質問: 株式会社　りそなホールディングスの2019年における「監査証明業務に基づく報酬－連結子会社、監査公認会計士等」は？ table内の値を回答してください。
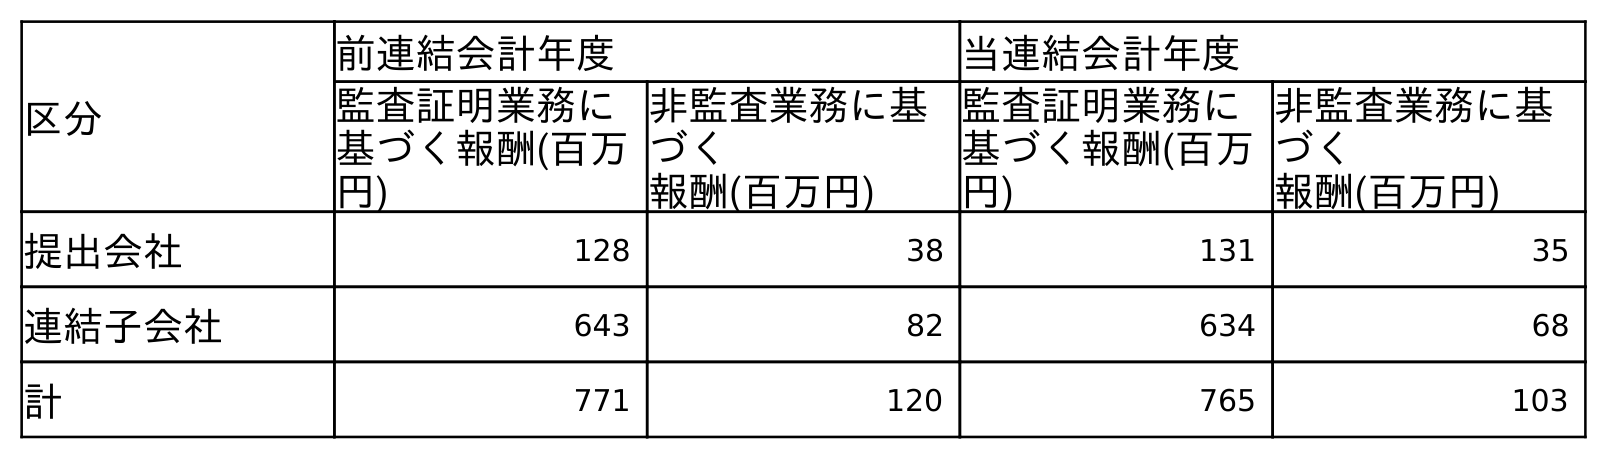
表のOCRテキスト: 区分 前連結会計年度 当連結会計年度 監査証明業務に 基づく報酬(百万 円) 非監査業務に基 づく 報酬(百万円) 監査証明業務に 基づく報酬(百万 円) 非監査業務に基 づく 報酬(百万円) 提出会社 128 38 131 35 連結子会社 643 82 634 68 計 771 120 765 103
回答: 643